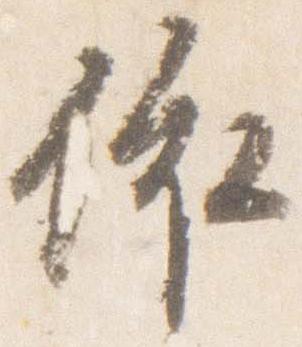
依